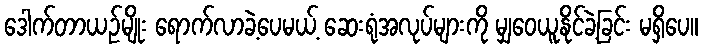
ဒေါက်တာယဉ်မျိုး ရောက်လာခဲ့ပေမယ့် ဆေးရုံအလုပ်များကို မျှဝေယူနိုင်ခဲ့ခြင်း မရှိပေ။